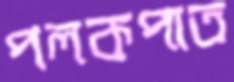
পলকপাত